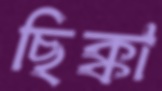
ছিক্কা